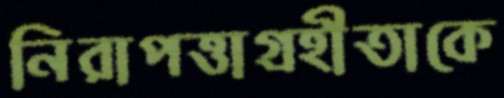
নিরাপত্তাগ্রহীতাকে